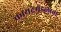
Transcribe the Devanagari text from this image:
कायदेमंडळाचा